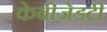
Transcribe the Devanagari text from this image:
केबीजेडटी